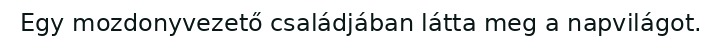
Egy mozdonyvezető családjában látta meg a napvilágot.